Bréfritari: Ásgeir Tryggvi Friðgeirsson
Dagsetning: A-1889-11-24
Skrifað á: Borg  Mýr.

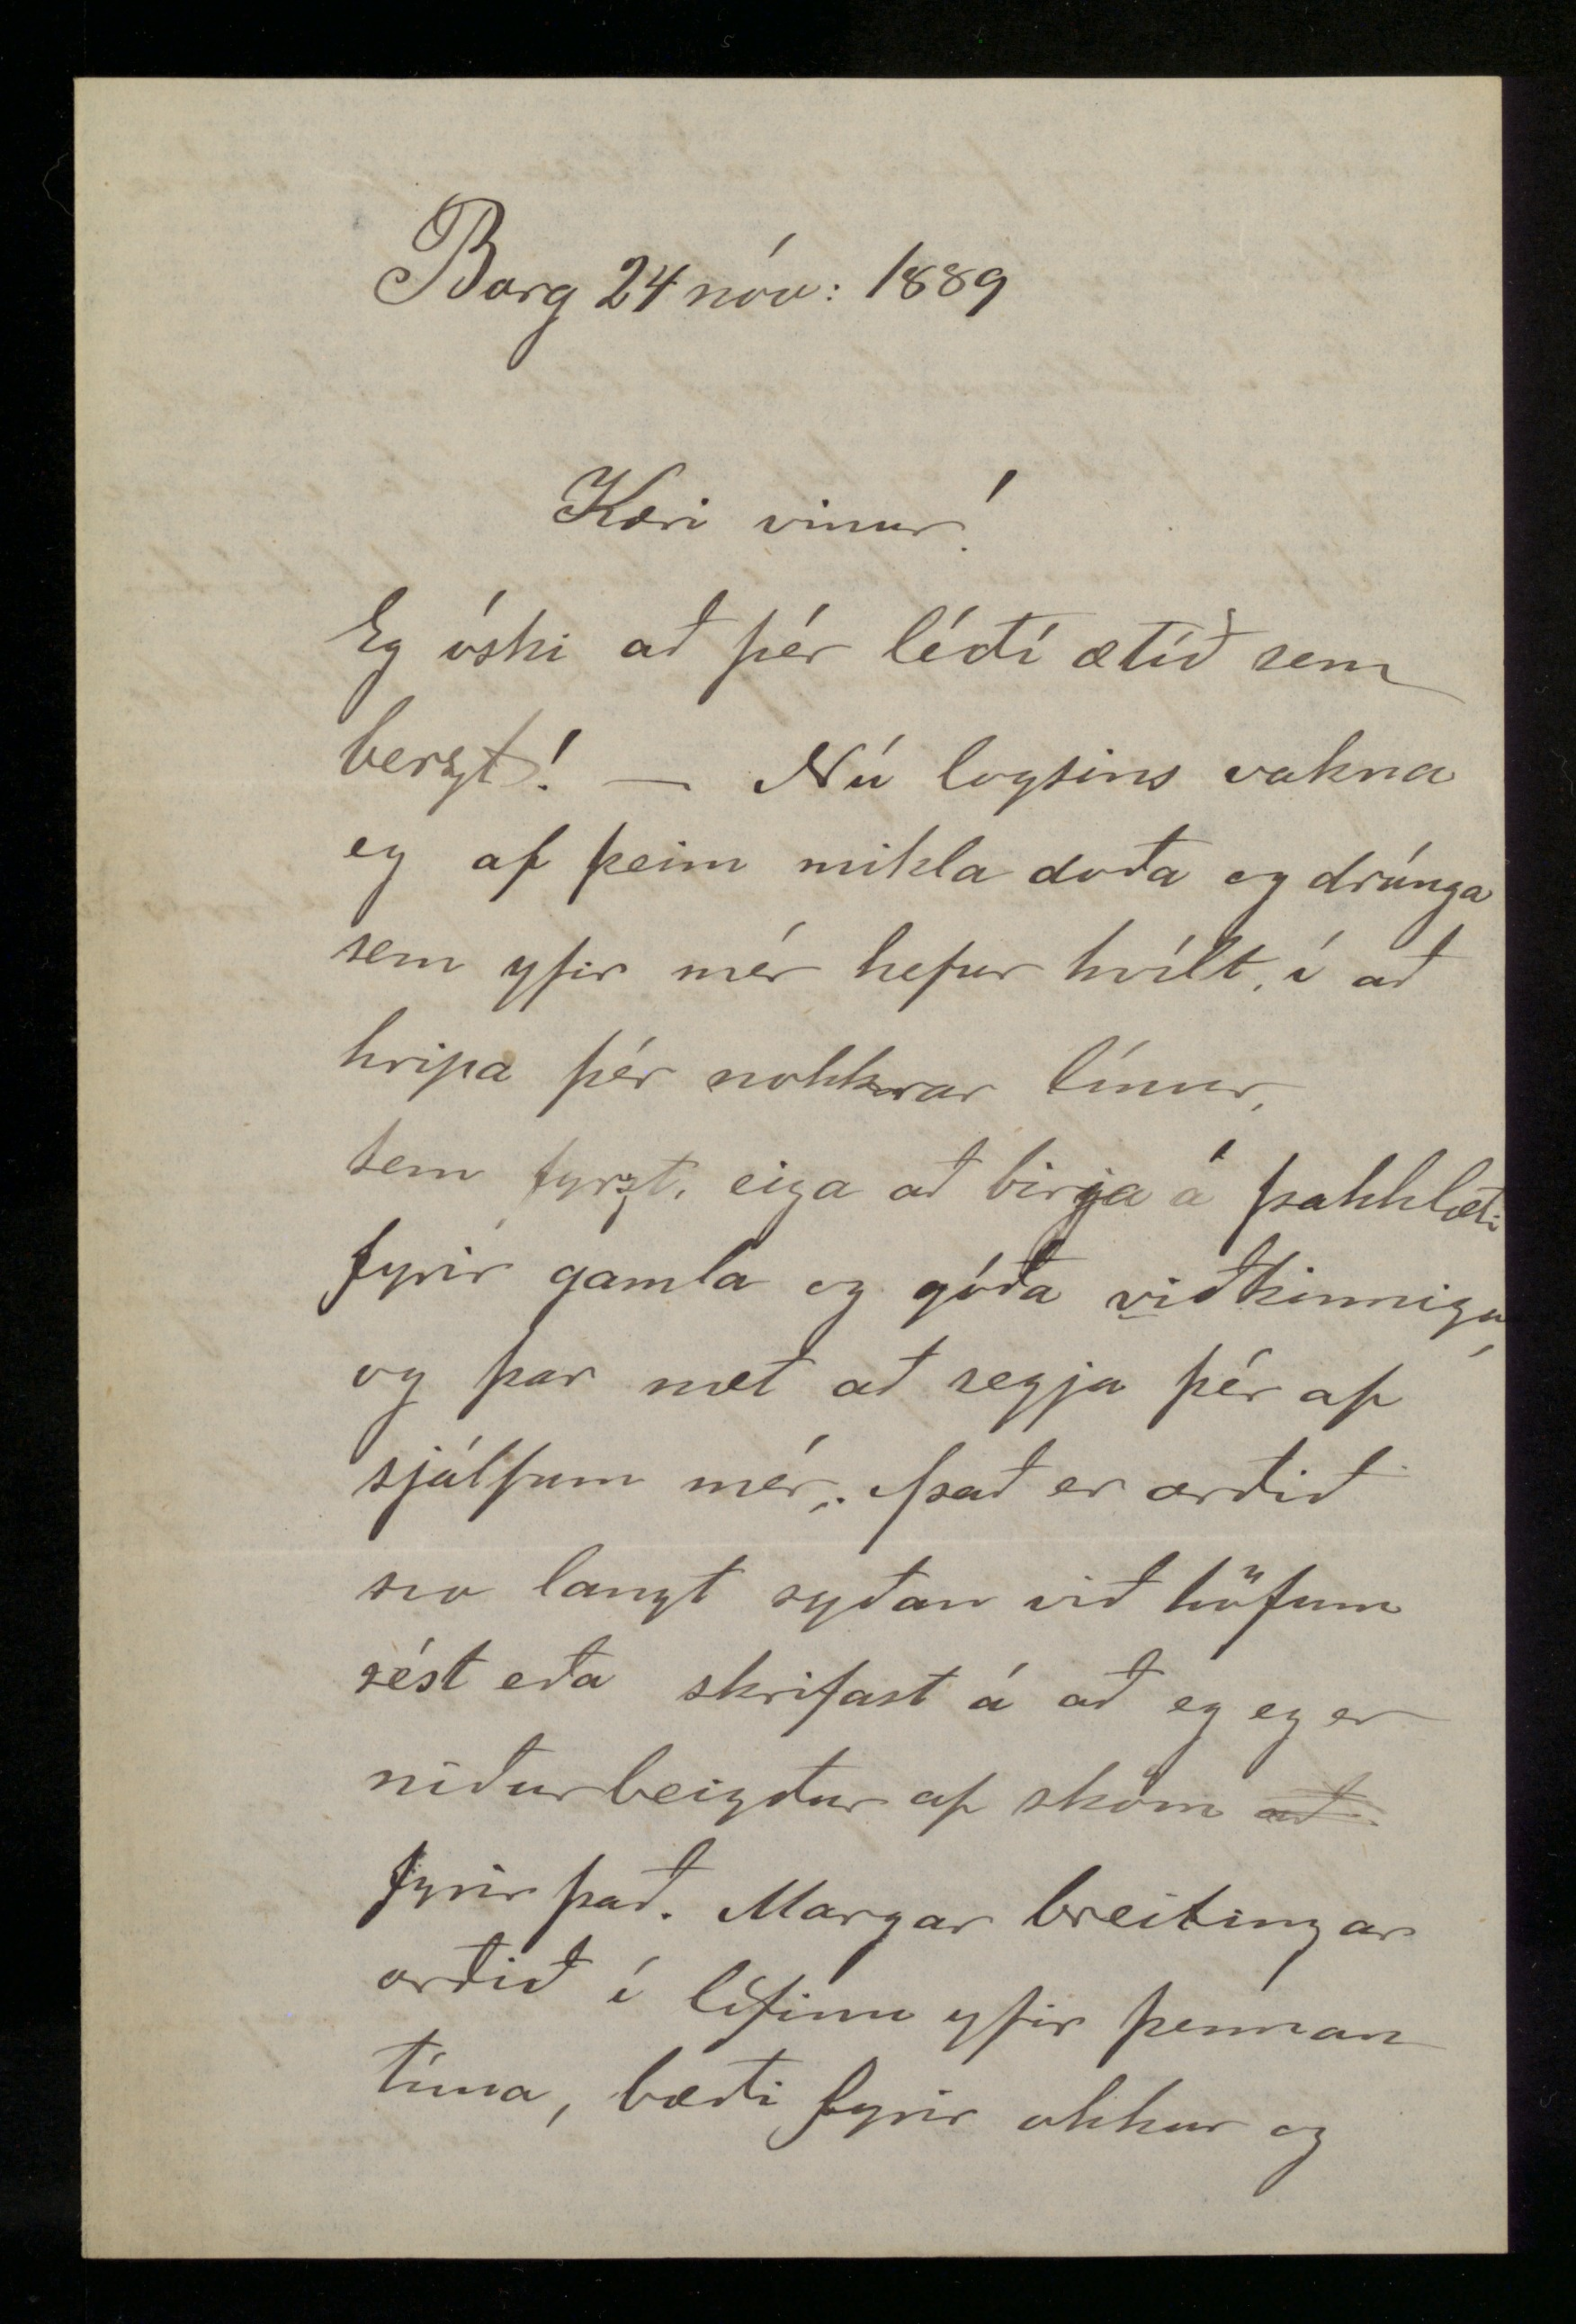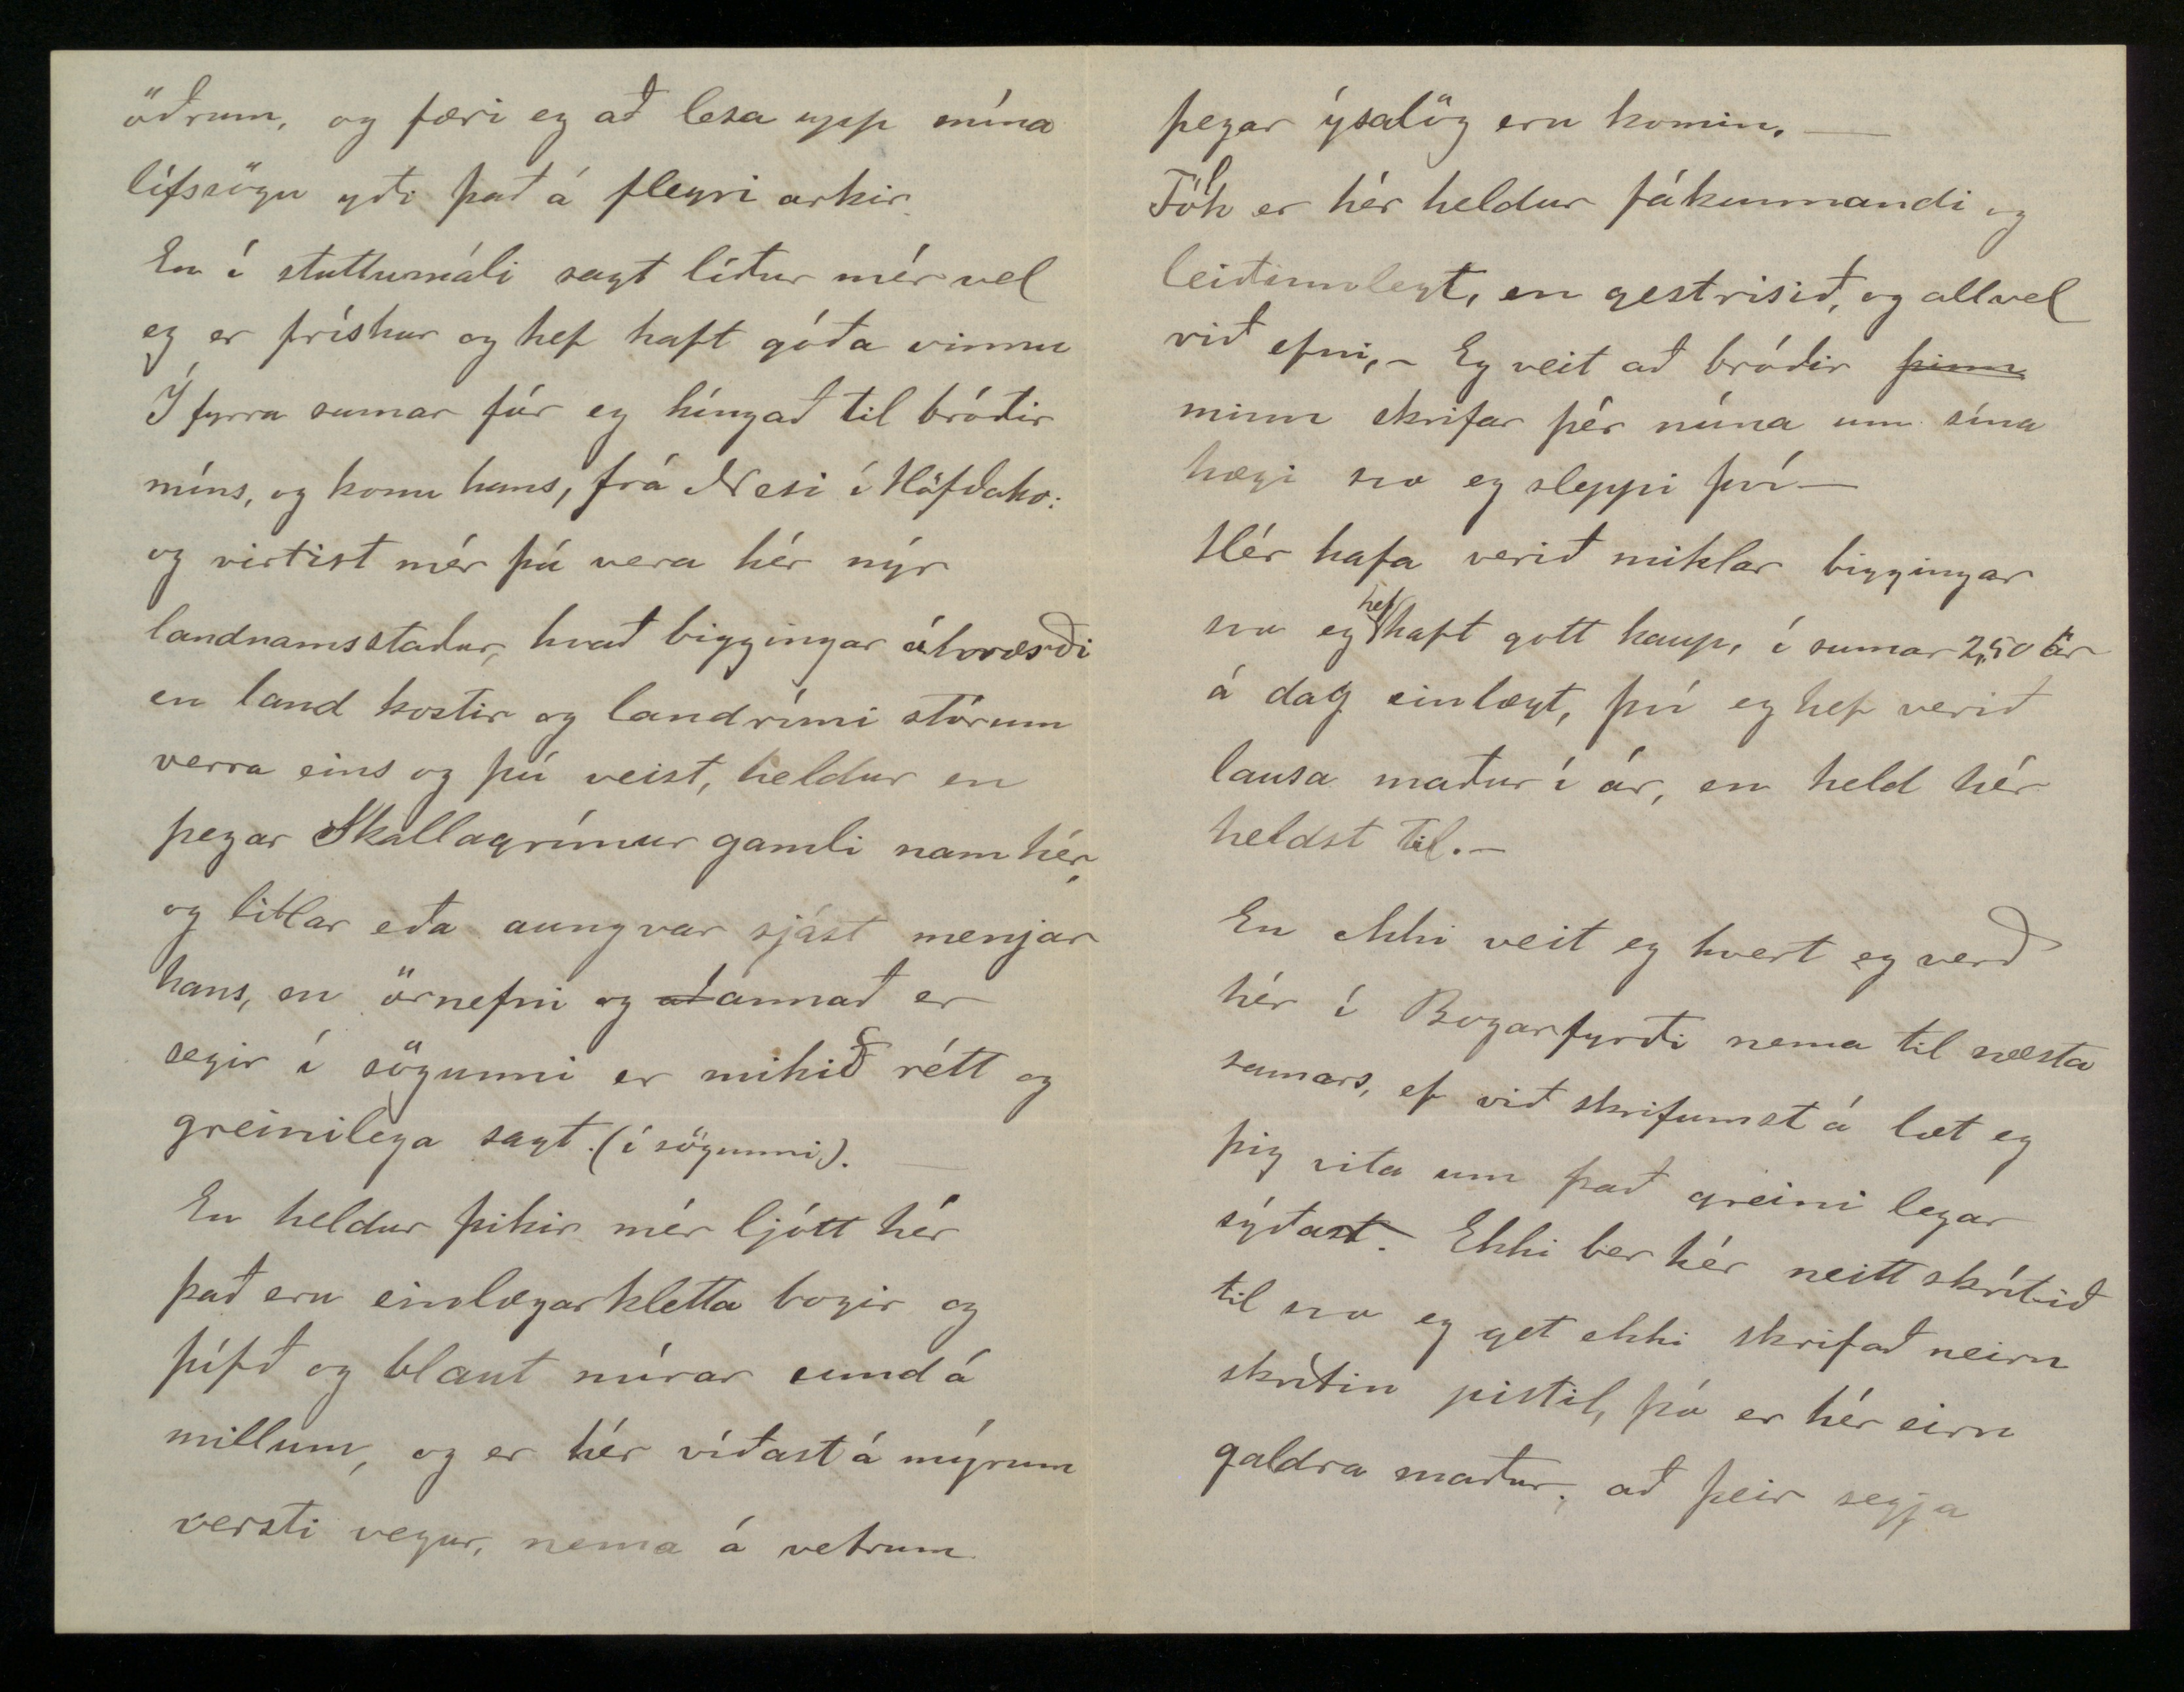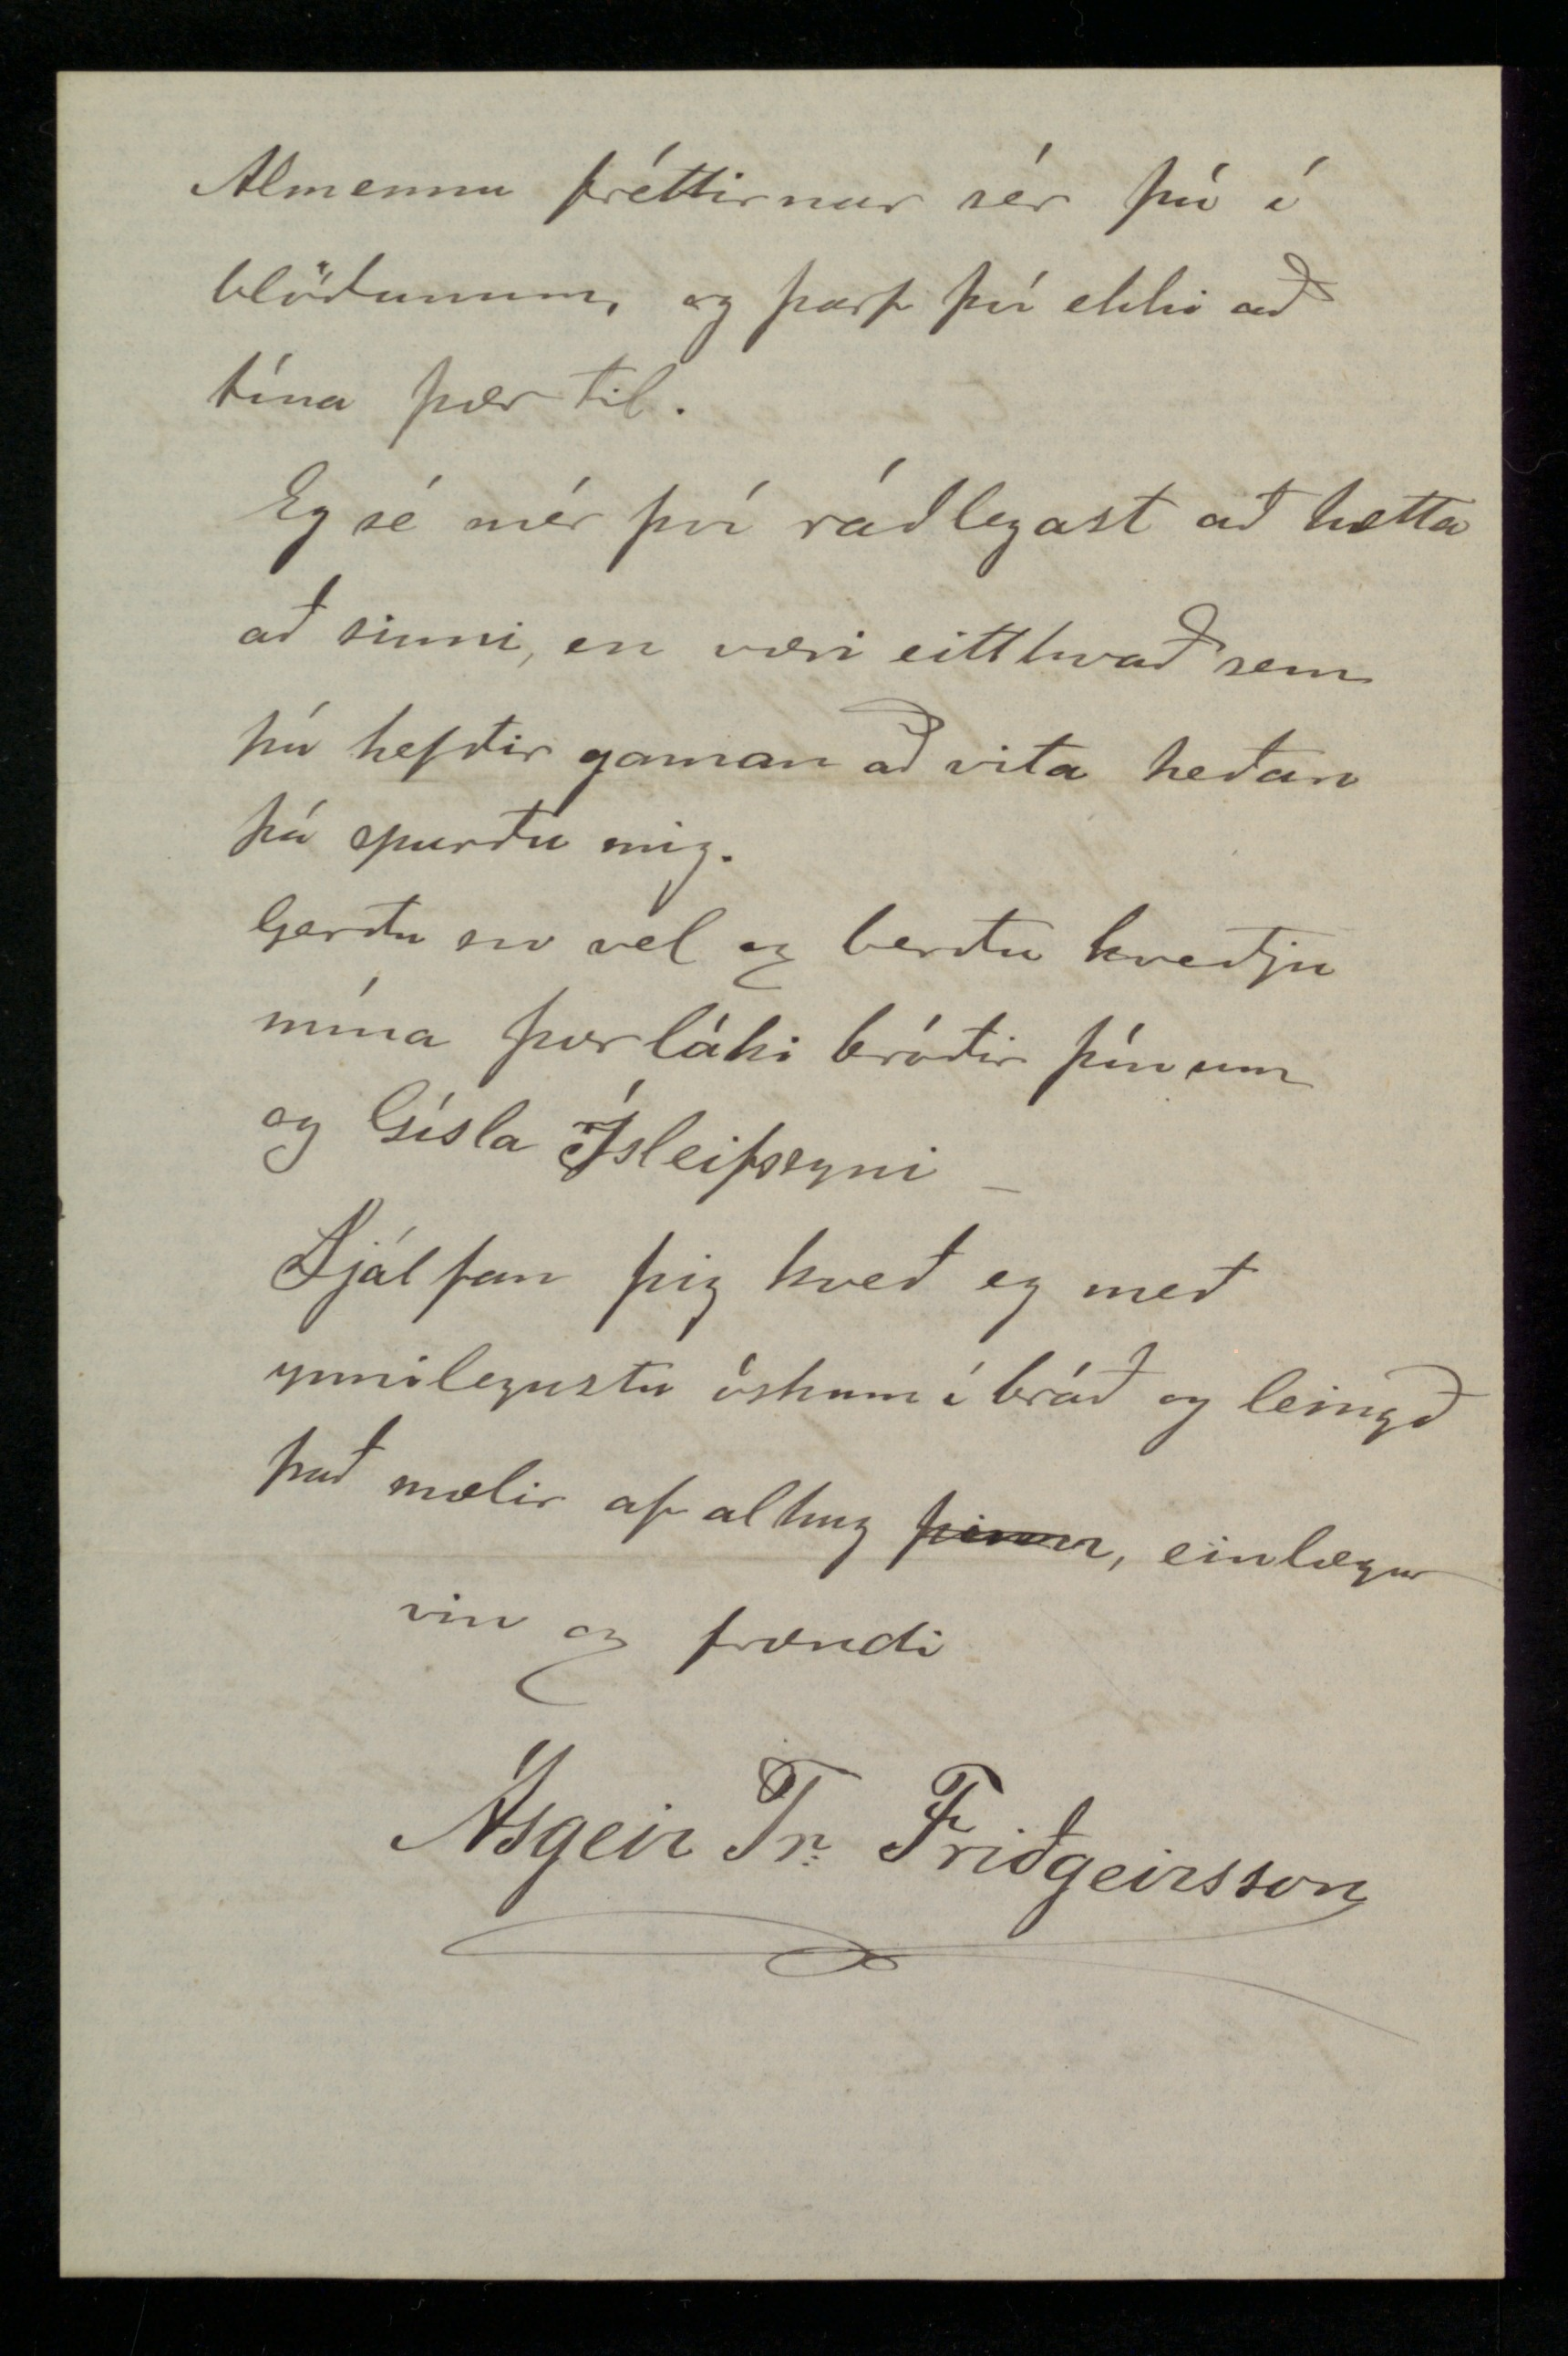

Borg 24. nóv: 1889
Kæri vinur!
Eg óski að þér líði ætíð sem berzt! - Nú logsins vakna eg af þeim mikla doða og drúnga sem yfir mér hefur hvílt, í að hripa þér nokkrar línur, sem fyrzt eiga að birja á þakklæti fyrir gamla og góða viðkinningu og þar næt að segja þér af sjálfum mér. Það er orðið svo langt syðan við höfum sést eða skrifast á að eg eg er niðurbeigður af sköm
að
fyrir það. Margar breitingar orðið í lífinu yfir þennan tíma, bæði fyrir okkur og
öðrum, og færi eg að lesa upp núna lífssögu yði það á fleyri arkir.
En í stuttumáli sagt líður mér vel eg er frískur og hef haft góða vinnu Í fyrra sumar fór eg híngað til bróðir míns, og konu hans, frá Nesi í Höfðahr: og virtist mér þá vera hér nýr landnamsstadur, hvað biggingar áhrærði en land kostir og landrími stórum verra eins og þú veist, heldur en þegar Skallagrímur gamli nam hér og litlar eða aungvar sjást menjar hans, en örnefni og
að
annað er segir í sögunni er mikið rétt og greinilega sagt (í sögunni).
En heldur þikir mér ljótt hér það eru einslægar kletta borgir og þífið og blaut mírar sund á millum, og er hér víðast á mýrum versti vegur, nema á vetrum
þegar ýsalög eru komin, - Fólk er hér heldur fákunnandi og leiðinnlegt, en gestrisið, og allvel við efni, - Eg veit að bróðir
þinn
minn skrifar þér núna um sína hægi svo eg sleppi því -
Hér hafa verið miklar biggingar svo eg
hef
haft gott kaup, í sumar 2,50 kr á dag einlægt, því eg hef verið lausa maður í ár, en held hér heldst til. -
En ekki veit eg hvert eg verð hér í Borgarfyrði nema til næsta sumars, ef við skrifumst á læt eg þig vita um það greinilegar sýðast. Ekki ber hér neitt skrítið til svo eg get ekki skrifað neirn skrítin pistil, þó er hér eirn galdra maður að þeir segja
Almennu fréttirnar sér þú í blöðunum, eg þarf því ekki að tína þær til.
Eg sé mér því ráðlegast að hætta að sinni, en væri eitthvað sem þú hefðir gaman að vita heðan þá spurðu mig.
Gerðu svo vel og berðu kveðju mína Þorláki bróðir þínum og Gísla Ísleifssyni -
Sjálfan þig kveð eg með ynnilegustu óskum í bráð og
leingð
það mælir af alhug
þinn
, einlægur vin og frændi
Ásgeir Tr: Friðgeirsson